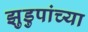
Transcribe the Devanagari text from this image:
झुडुपांच्या